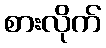
စားလိုက်